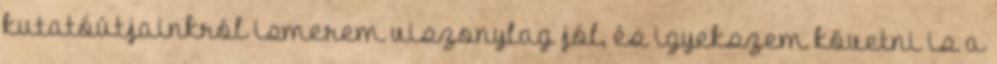
kutatóútjainkról ismerem viszonylag jól, és igyekszem követni is a